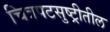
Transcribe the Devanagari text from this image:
चित्रपटसुष्ट्रीतील